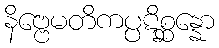
နိဗ္ဗေမတိကပ္ပဋိစ္ဆန္နော